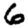
Digit: 6